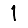
Digit: 1